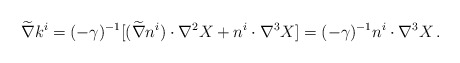
\begin{align*}\widetilde\nabla k^i = (-\gamma )^{-1} [ (\widetilde\nabla n^i )\cdot \nabla^2 X + n^i \cdot \nabla^3 X ] = (-\gamma )^{-1} n^i\cdot \nabla^3 X\,.\end{align*}